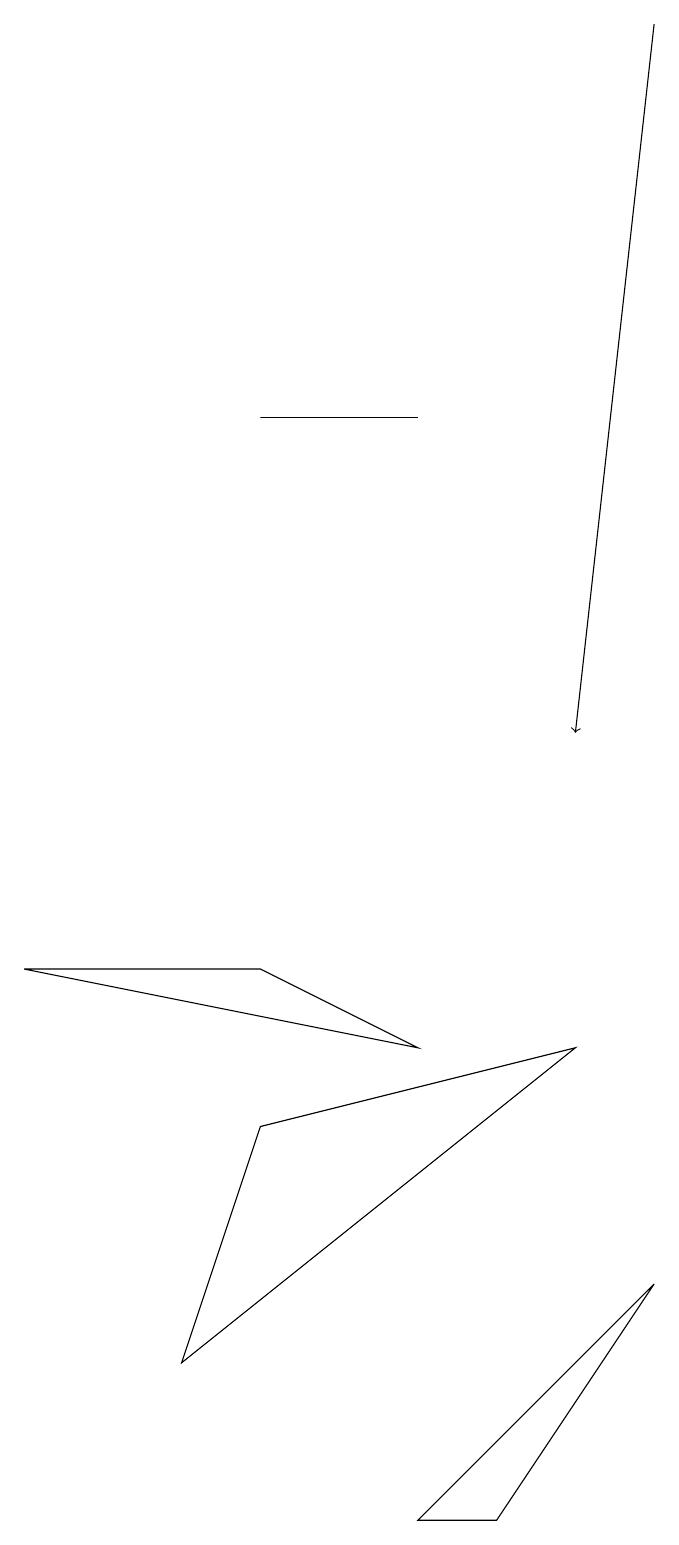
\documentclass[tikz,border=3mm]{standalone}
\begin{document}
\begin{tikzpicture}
\draw (3,14) rectangle (5,14);
\draw (3,5) -- (7,6) -- (2,2) -- cycle;
\draw (3,7) -- (0,7) -- (5,6) -- cycle;
\draw (6,0) -- (5,0) -- (8,3) -- cycle;
\draw[->] (8,19) -- (7,10);
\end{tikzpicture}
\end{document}